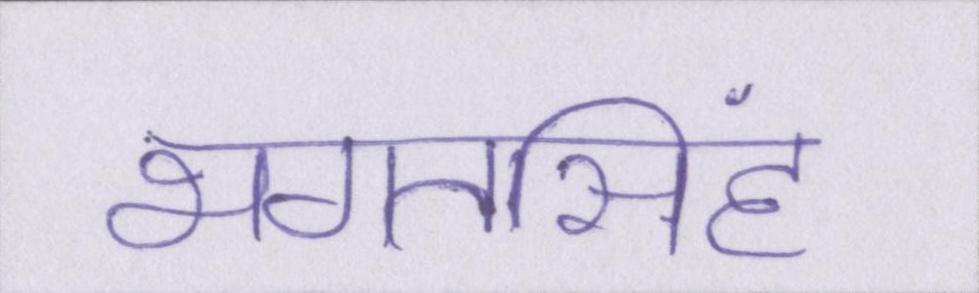
भगतसिंह